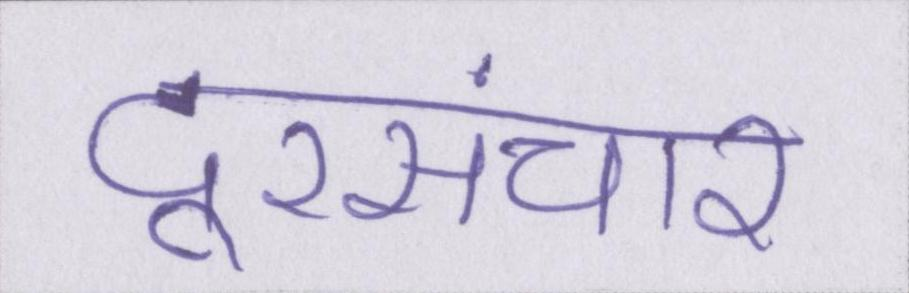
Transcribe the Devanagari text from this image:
दूरसंचार